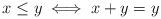
LaTeX: \begin{align*}x \leq y \iff x+y = y\end{align*}